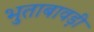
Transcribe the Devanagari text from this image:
भुताबावड़ी